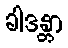
ခါဒန္တာ